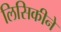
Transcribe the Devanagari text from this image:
लिसिकीने